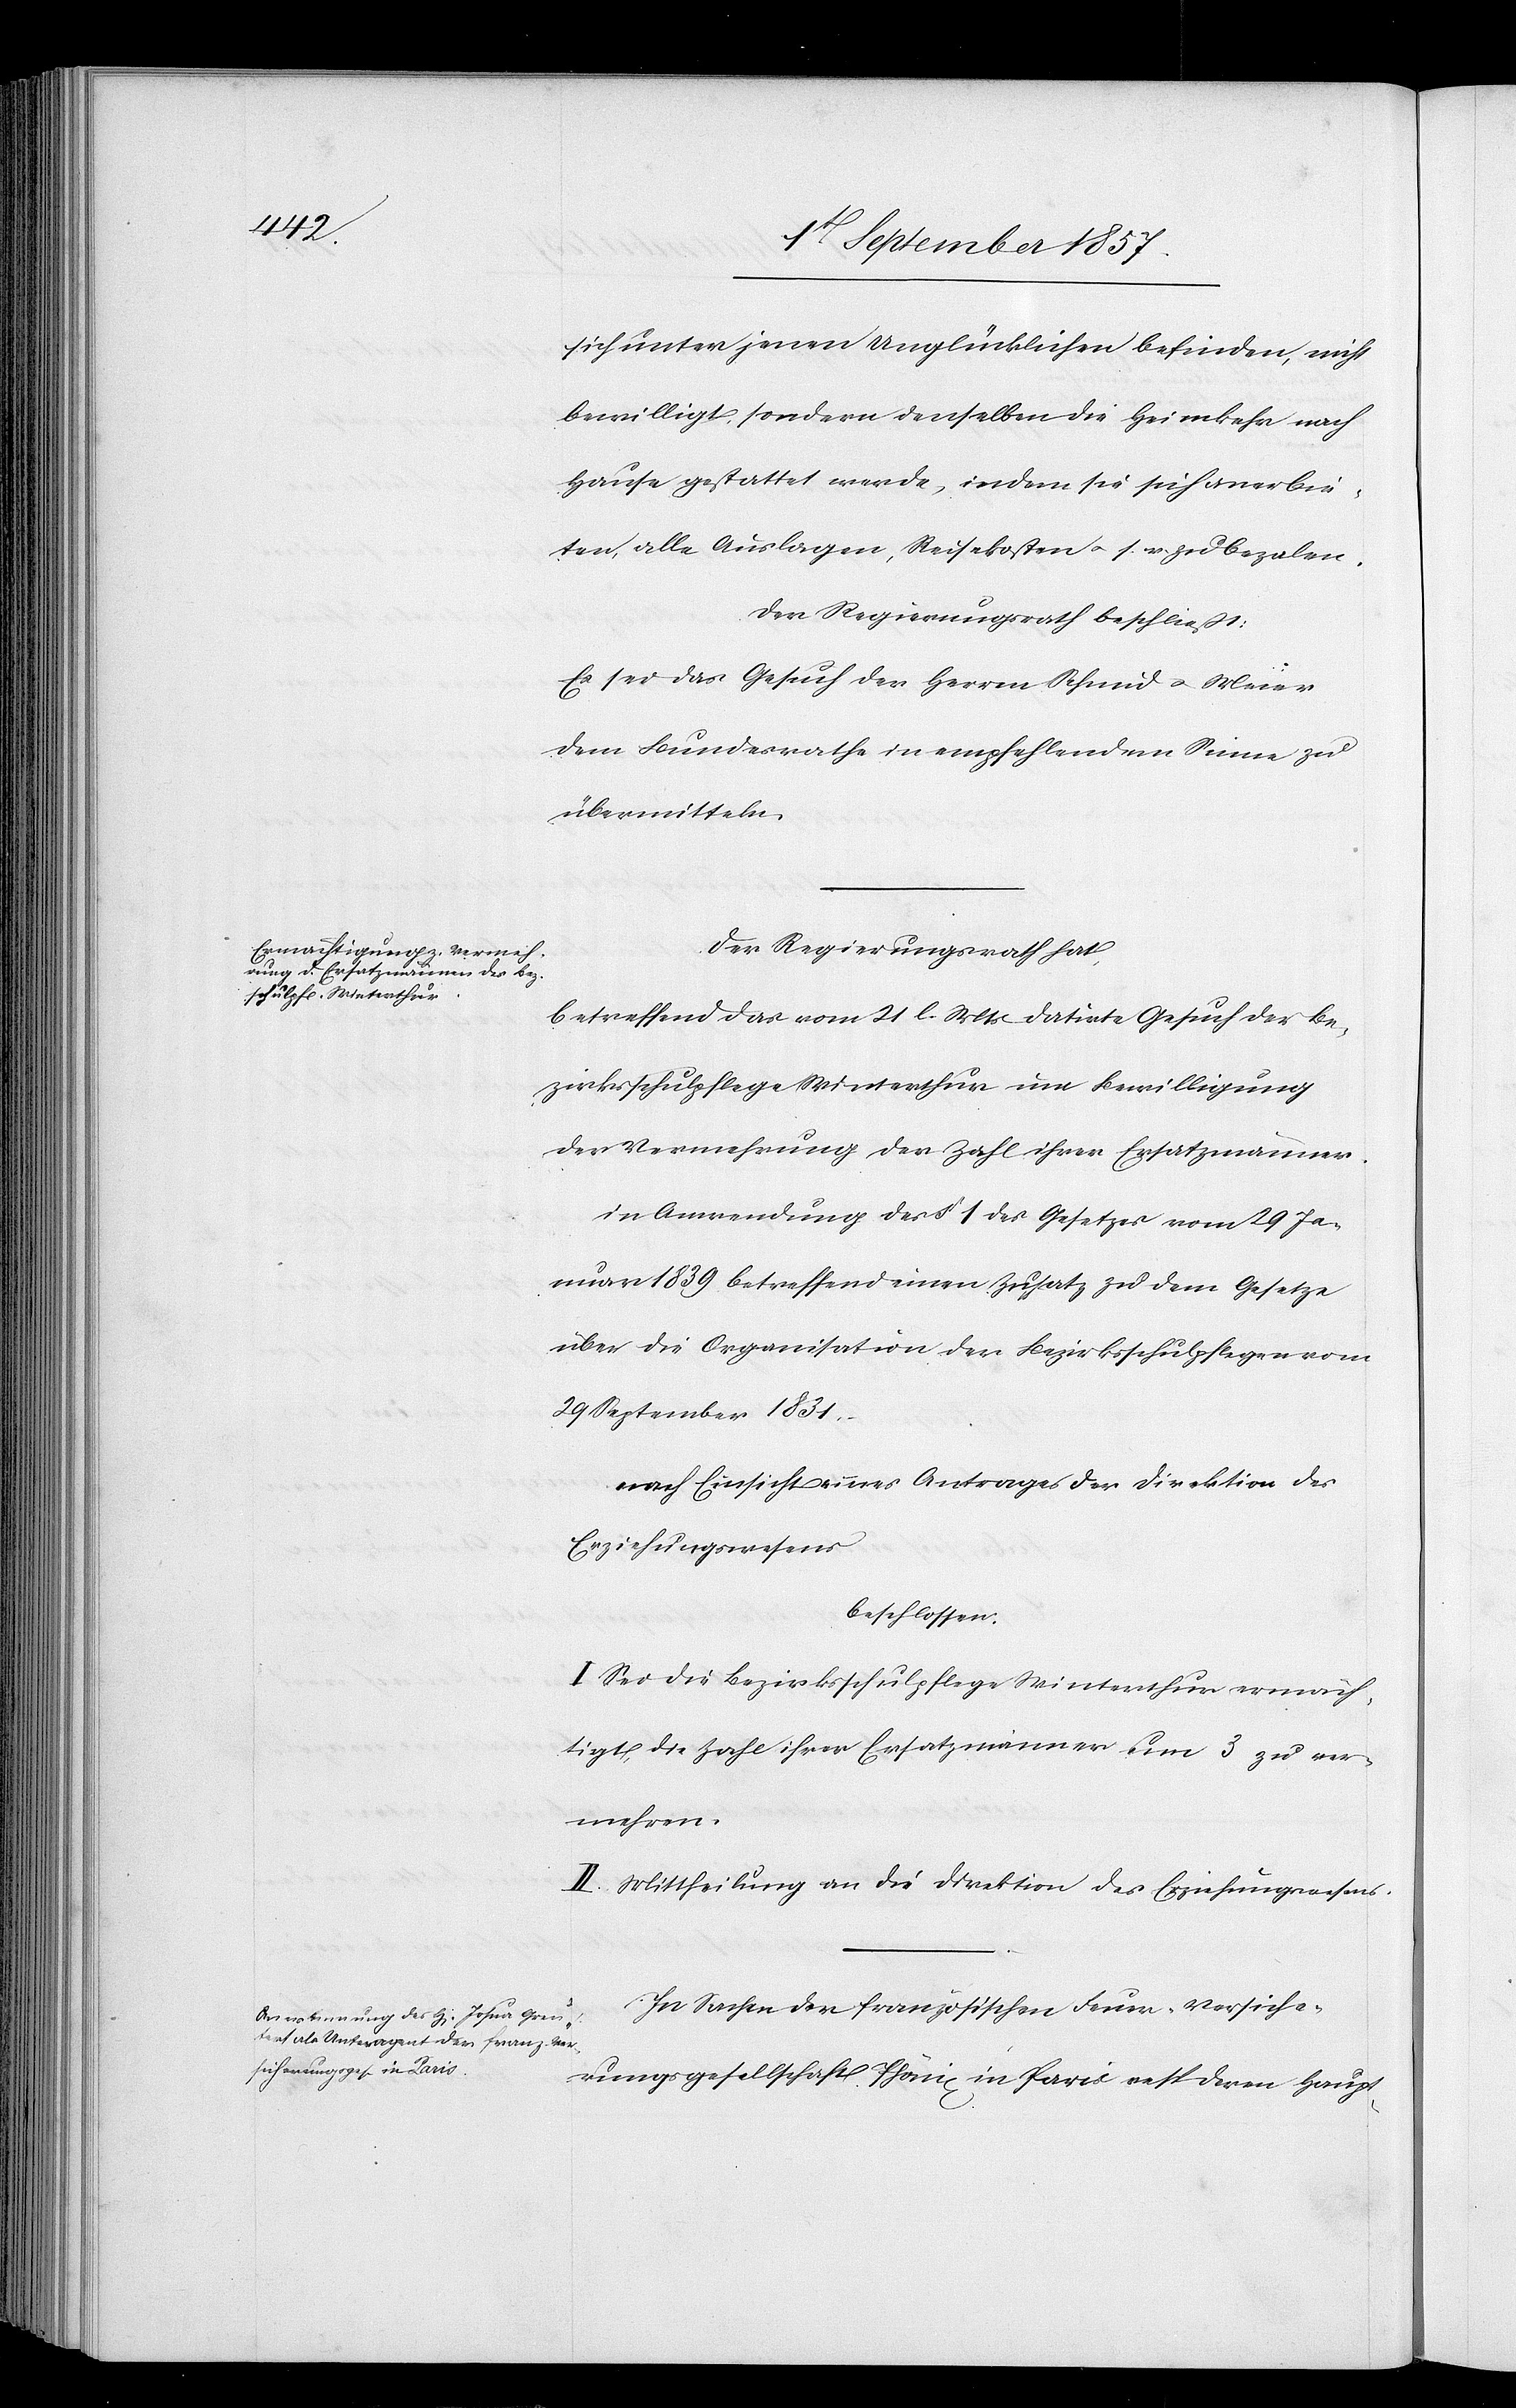
sich unter jenen Unglücklichen befinden, nicht
bewilligt, sondern denselben die Heimkehr nach
Hause gestattet werde, indem sie sich anerbie¬
ten, alle Auslagen, Reisekosten &. s. w. zu bezalen.
Der Regierungsrath beschließt:
Es sei das Gesuch der Herren Schmid & Meier
dem Bundesrathe in empfehlendem Sinne zu
übermitteln.
Der Regierungsrath hat,
betreffend das vom 21 l. Mts. datirte Gesuch der Be¬
zirksschulpflege Winterthur um Bewilligung
der Vermehrung der Zahl ihrer Ersatzmänner,
in Anwendung des § 1 des Gesetzes vom 29 Ja¬
nuar 1839 betreffend einen Zusatz zu dem Gesetze
über die Organisation der Bezirksschulpflegen vom
29 September 1831.
nach Einsicht eines Antrages der Direktion des
Erziehungswesens
beschlossen:
I. Sei die Bezirksschulpflege Winterthur ermäch¬
tigt, die Zahl ihrer Ersatzmänner um 3 zu ver¬
mehren.
II. Mittheilung an die Direktion des Erziehungswesens.
In Sachen der französischen Feuer-Versiche¬
rungsgesellschaft Phönix in Paris resp. deren Haupt-